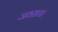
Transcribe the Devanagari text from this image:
जवसाचा